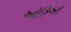
ઓહિઓ